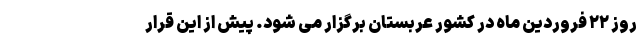
روز ۲۲ فروردین ماه در کشور عربستان برگزار می شود. پیش از این قرار